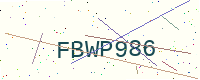
Text: FBWP986